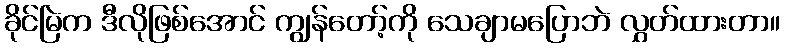
ခိုင်မြဲက ဒီလိုဖြစ်အောင် ကျွန်တော့်ကို သေချာမပြောဘဲ လွှတ်ထားတာ။